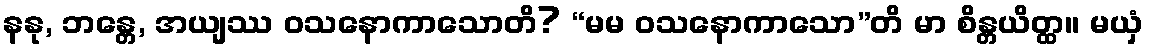
နနု, ဘန္တေ, အယျဿ ဝသနောကာသောတိ? “မမ ဝသနောကာသော”တိ မာ စိန္တယိတ္ထ။ မယှံ